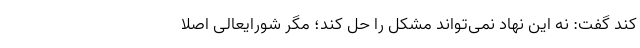
کند گفت: نه این نهاد نمی‌تواند مشکل را حل کند؛ مگر شورایعالی اصلا